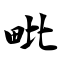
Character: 毗